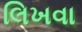
લિખવા